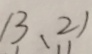
1 3 、 2 1